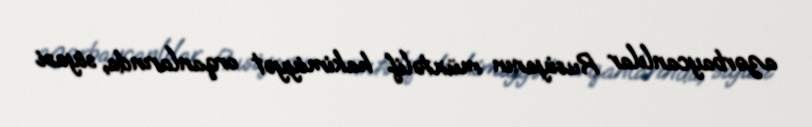
azərbaycanlılar Rusiyanın müxtəlif hakimiyyət orqanlarında, siyasi